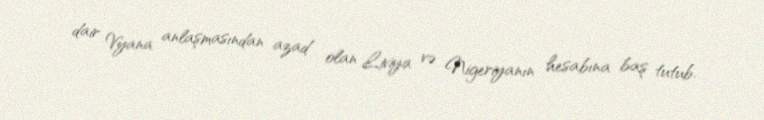
dair Vyana anlaşmasından azad olan Liviya və Nigeriyanın hesabına baş tutub.